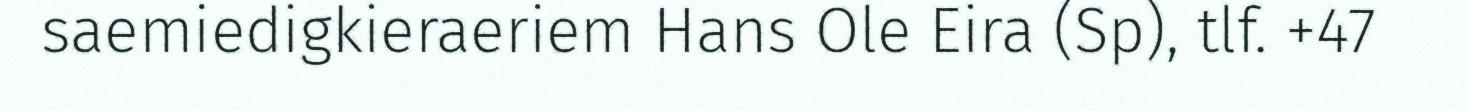
saemiedigkieraeriem Hans Ole Eira (Sp), tlf. +47